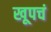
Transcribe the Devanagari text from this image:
खूपचं